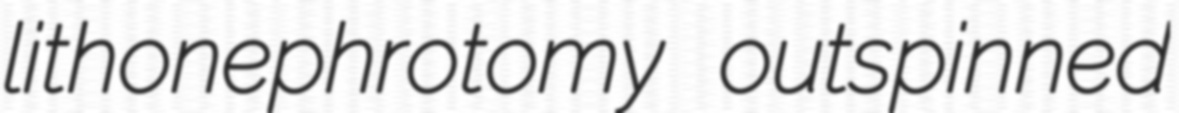
lithonephrotomy outspinned